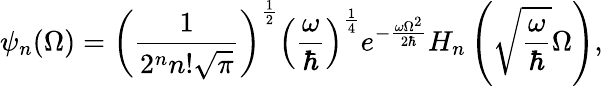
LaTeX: \psi_{n}(\Omega)=\left(\frac{1}{2^{n}n!\sqrt{\pi}}\right)^{\frac{1}{2}}\left(\frac{\omega}{\hbar}\right)^{\frac{1}{4}}e^{-\frac{\omega\Omega^{2}}{2\hbar}}H_{n}\left(\sqrt{\frac{\omega}{\hbar}}\Omega\right),